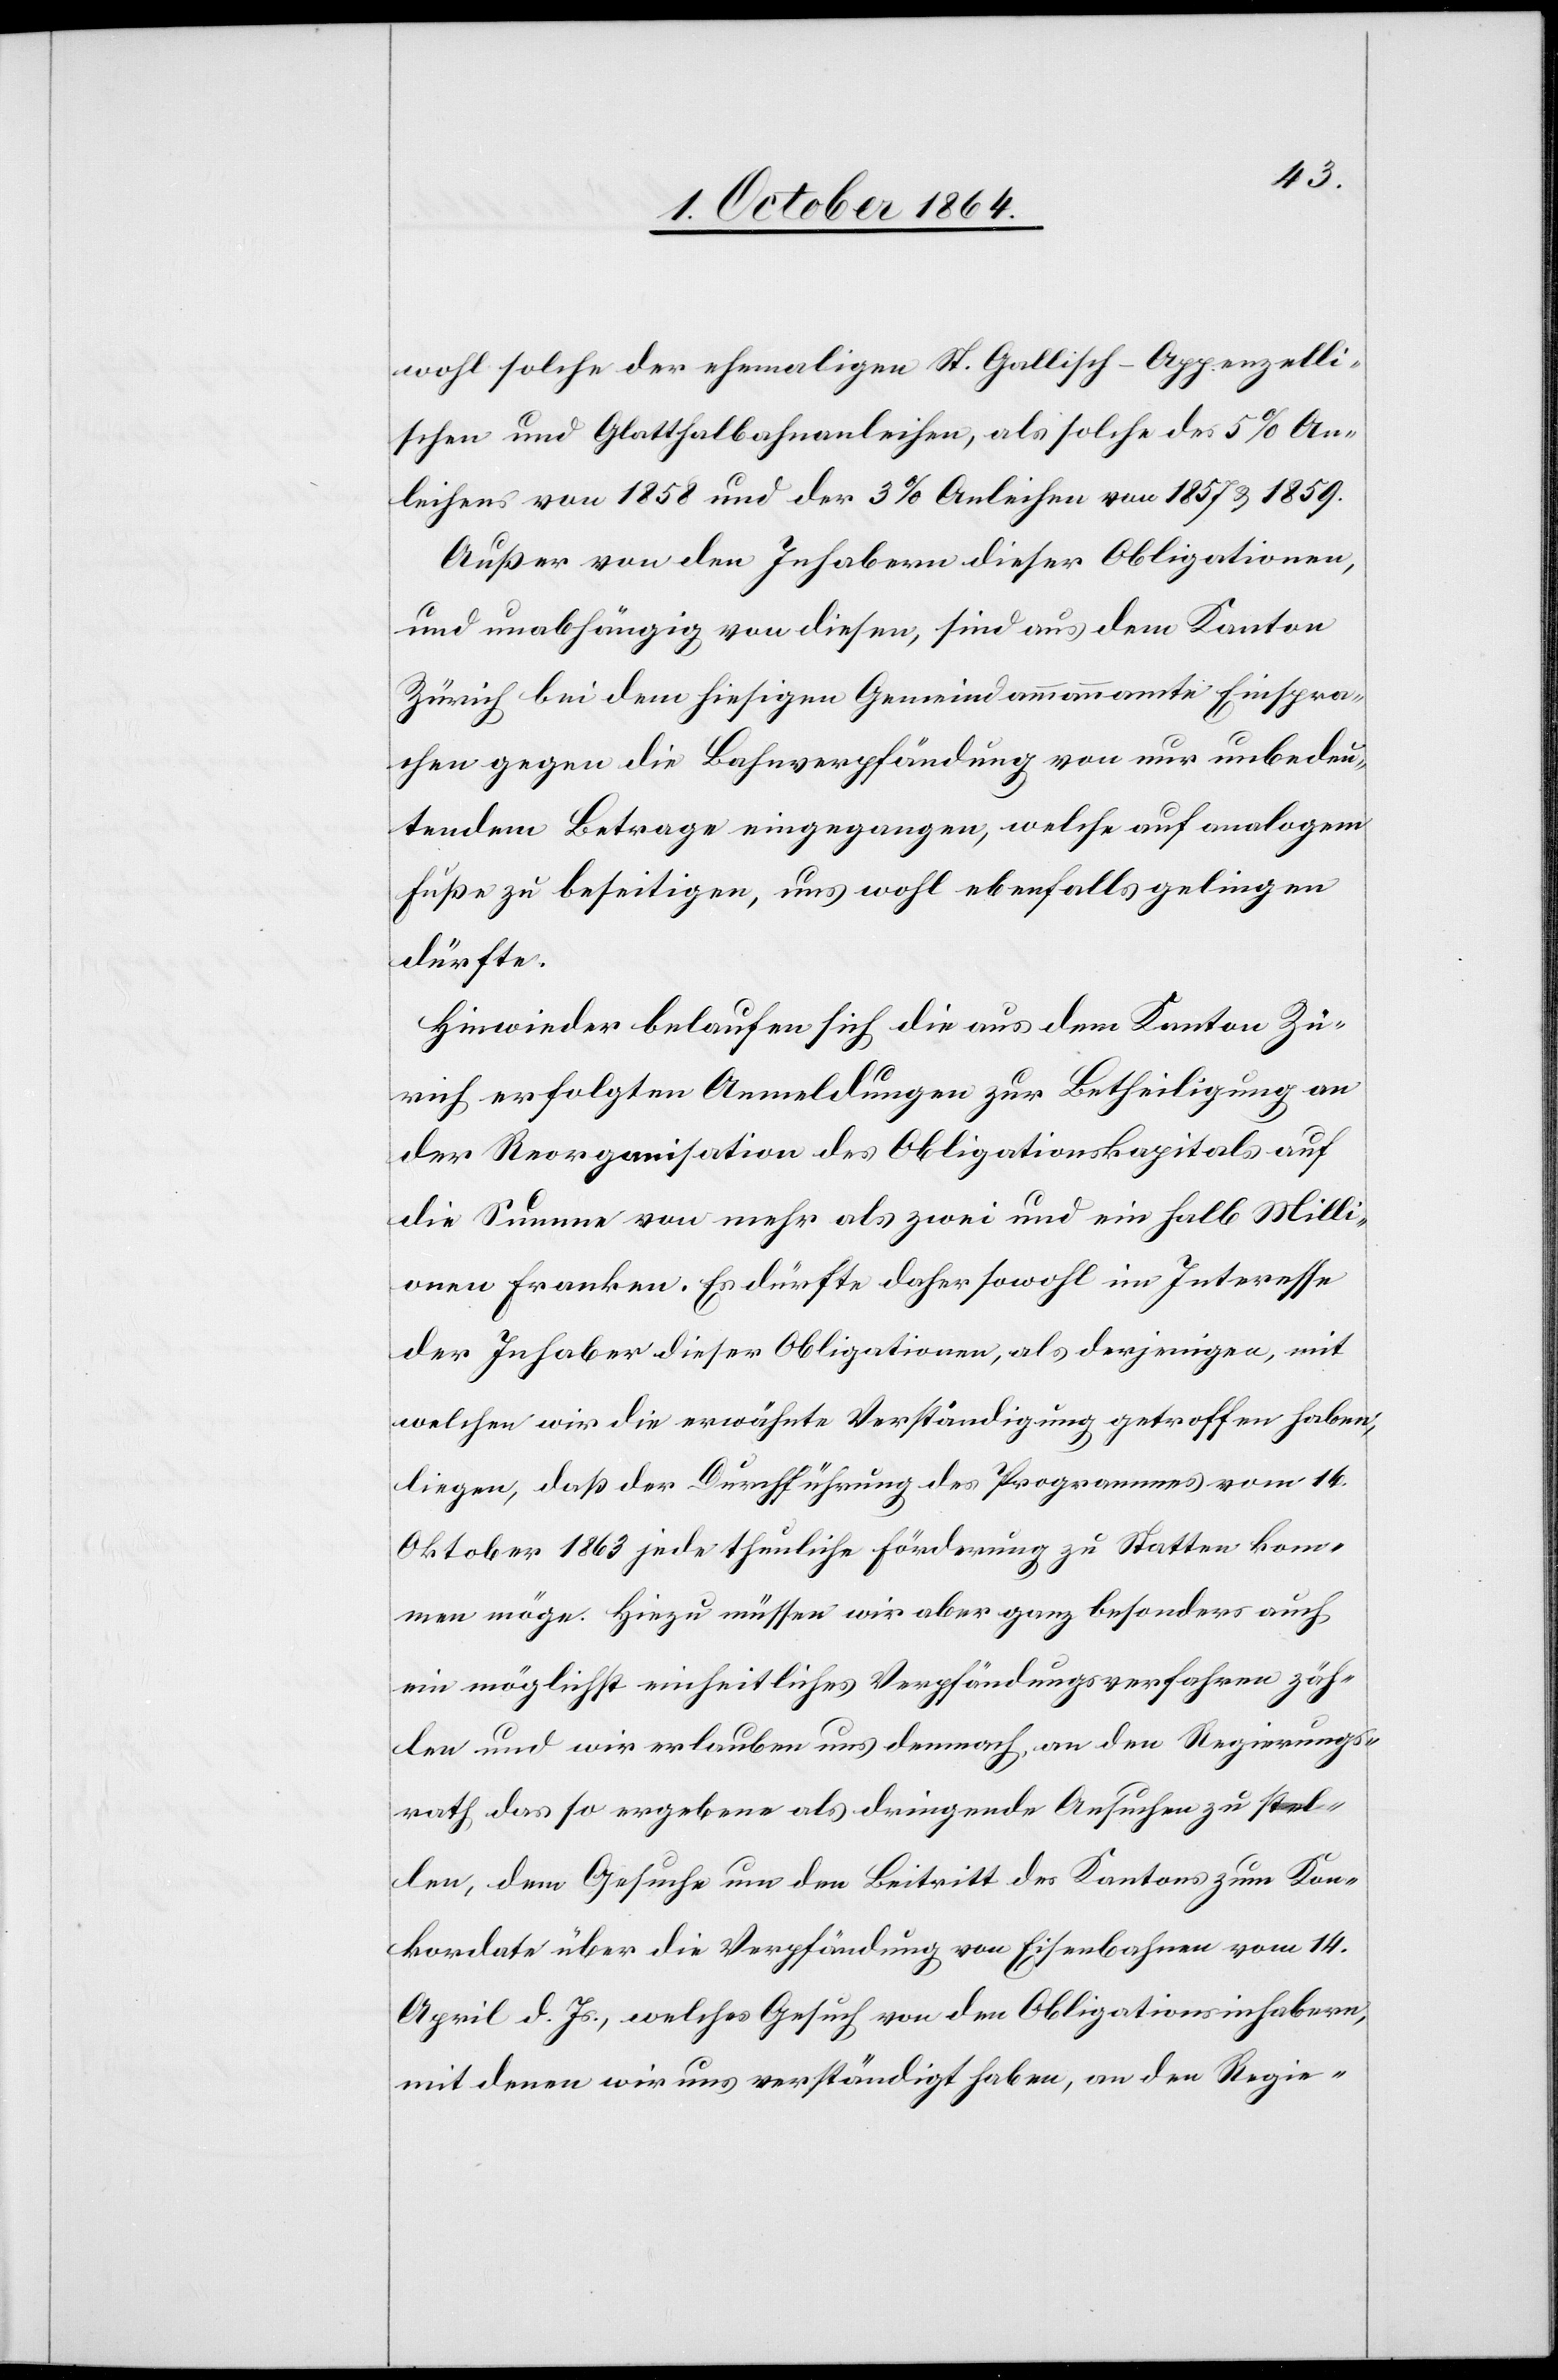
wohl solche der ehemaligen St. Gallisch-Appenzelli¬
schen und Glatthalbahnanleihen, also solche des 5% An¬
leihens von 1858 und der 3% Anleihen von 1857 & 1859.
Außer von den Inhabern dieser Obligationen,
und unabhängig von diesen, sind aus dem Kanton
Zürich bei dem hiesigen Gemeindammannamte Einspra¬
chen gegen die Bahnverpfändung von nur unbedeu¬
tendem Betrage eingegangen, welche auf analogem
Fuße zu beseitigen, uns wohl ebenfalls gelingen
dürfte.
Hinwieder belaufen sich die aus dem Kanton Zü¬
rich erfolgten Anmeldungen zur Betheiligung an
der Reorganisation des Obligationskapitals auf
die Summe von mehr als zwei und ein halb Milli¬
onen Franken. Es dürfte daher sowohl im Interesse
der Inhaber dieser Obligationen, als derjenigen, mit
welchen wir die erwähnte Verständigung getroffen haben,
liegen, daß der Durchführung des Programmes vom 14.
Oktober 1863 jede thunliche Förderung zu Statten kom¬
men möge. Hiezu müssen wir aber ganz besonders auch
ein möglichst einheitliches Verpfändungsverfahren zäh¬
len und wir erlauben uns demnach an den Regierungs¬
rath das so ergebene als dringende Ansuchen zu stel¬
len, dem Gesuche um den Beitritt des Kantons zum Kon¬
kordate über die Verpfändung von Eisenbahnen vom 14.
April d. Js., welches Gesuch von den Obligationsinhabern
mit denen wir uns verständigt haben, an den Regie-